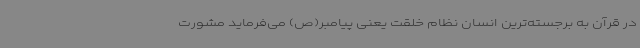
در قرآن به برجسته‌ترین انسان نظام خلقت یعنی پیامبر(ص) می‌فرماید مشورت